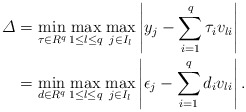
\begin{align*} \varDelta&= \min_{\tau\in R^q } \max_{1\leq l \leq q}\max_{j \in I_l}\left|y_j -\sum_{i=1}^{q}\tau_i v_{li}\right|\\& = \min_{d \in R^q } \max_{1\leq l \leq q} \max_{j \in I_l}\left|\epsilon_j -\sum_{i=1}^{q} d_i v_{li}\right|.\end{align*}